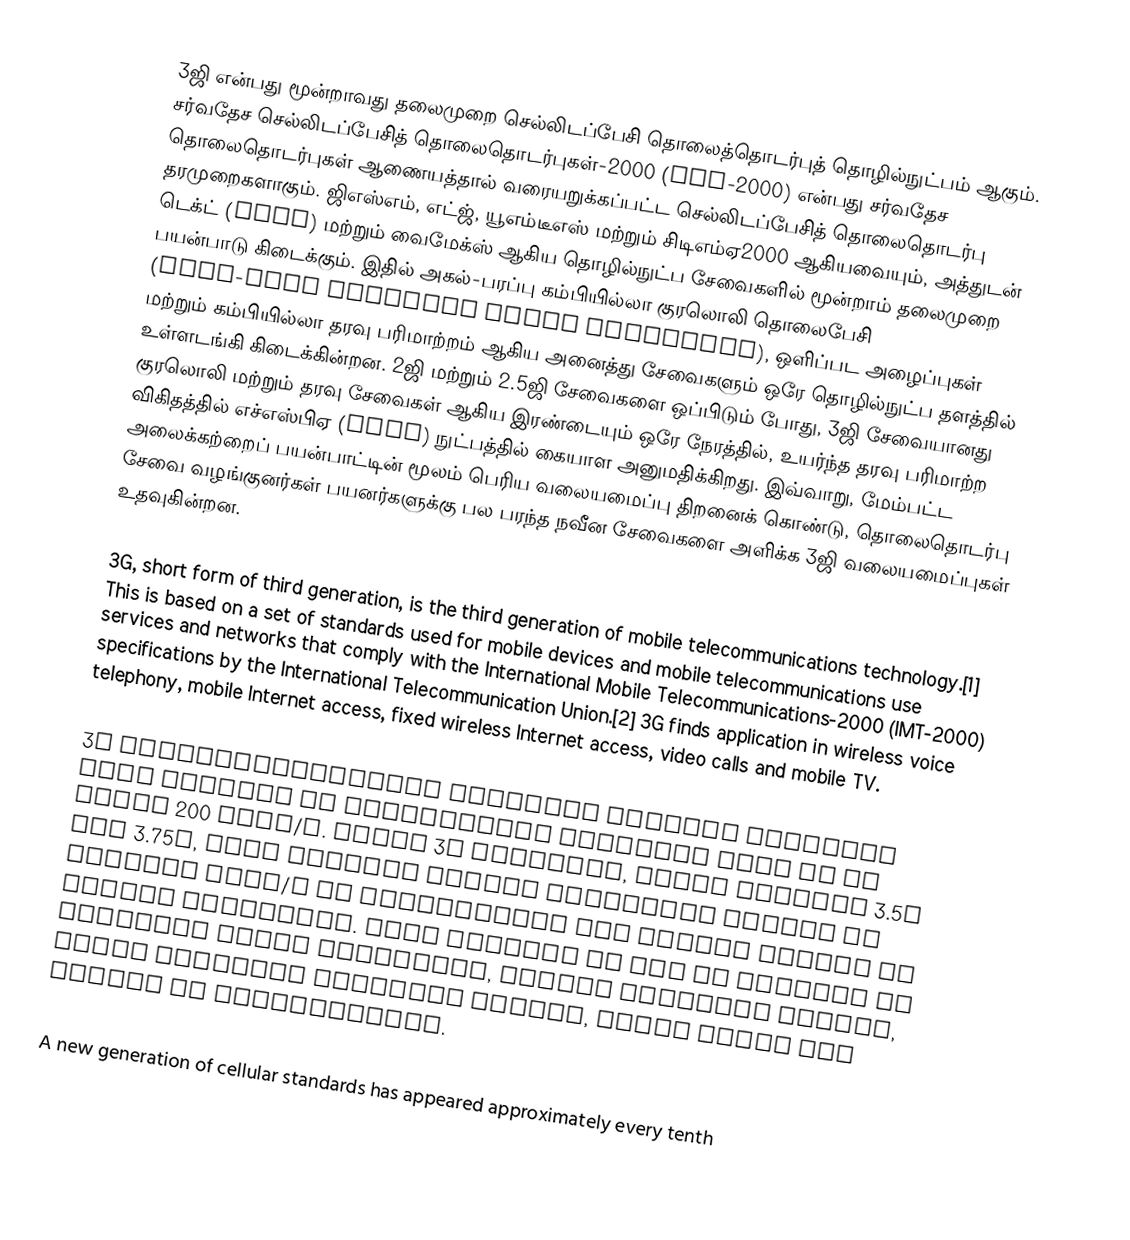
3ஜி என்பது மூன்றாவது தலைமுறை செல்லிடப்பேசி தொலைத்தொடர்புத் தொழில்நுட்பம் ஆகும். சர்வதேச செல்லிடப்பேசித் தொலைதொடர்புகள்-2000 (IMT-2000) என்பது சர்வதேச தொலைதொடர்புகள் ஆணையத்தால் வரையறுக்கப்பட்ட செல்லிடப்பேசித் தொலைதொடர்பு தரமுறைகளாகும். ஜிஎஸ்எம், எட்ஜ், யூஎம்டீஎஸ் மற்றும் சிடிஎம்ஏ2000 ஆகியவையும், அத்துடன் டெக்ட் (DECT) மற்றும் வைமேக்ஸ் ஆகிய தொழில்நுட்ப சேவைகளில் மூன்றாம் தலைமுறை பயன்பாடு கிடைக்கும். இதில் அகல்-பரப்பு கம்பியில்லா குரலொலி தொலைபேசி (wide-area wireless voice telephone), ஒளிப்பட அழைப்புகள் மற்றும் கம்பியில்லா தரவு பரிமாற்றம் ஆகிய அனைத்து சேவைகளும் ஒரே தொழில்நுட்ப தளத்தில் உள்ளடங்கி கிடைக்கின்றன. 2ஜி மற்றும் 2.5ஜி சேவைகளை ஒப்பிடும் போது, 3ஜி சேவையானது குரலொலி மற்றும் தரவு சேவைகள் ஆகிய இரண்டையும் ஒரே நேரத்தில், உயர்ந்த தரவு பரிமாற்ற விகிதத்தில் எச்எஸ்பிஏ (HSPA) நுட்பத்தில் கையாள அனுமதிக்கிறது. இவ்வாறு, மேம்பட்ட அலைக்கற்றைப் பயன்பாட்டின் மூலம் பெரிய வலையமைப்பு திறனைக் கொண்டு, தொலைதொடர்பு சேவை வழங்குனர்கள் பயனர்களுக்கு பல பரந்த நவீன சேவைகளை அளிக்க 3ஜி வலையமைப்புகள் உதவுகின்றன.

3G, short form of third generation, is the third generation of mobile telecommunications technology.[1] This is based on a set of standards used for mobile devices and mobile telecommunications use services and networks that comply with the International Mobile Telecommunications-2000 (IMT-2000) specifications by the International Telecommunication Union.[2] 3G finds application in wireless voice telephony, mobile Internet access, fixed wireless Internet access, video calls and mobile TV.

3G telecommunication networks support services that provide an information transfer rate of at least 200 kbit/s. Later 3G releases, often denoted 3.5G and 3.75G, also provide mobile broadband access of several Mbit/s to smartphones and mobile modems in laptop computers. This ensures it can be applied to wireless voice telephony, mobile Internet access, fixed wireless Internet access, video calls and mobile TV technologies.

A new generation of cellular standards has appeared approximately every tenth